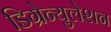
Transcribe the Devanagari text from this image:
डिग्रेन्युलेशन